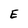
Character: E